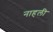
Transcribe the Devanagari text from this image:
नाहली